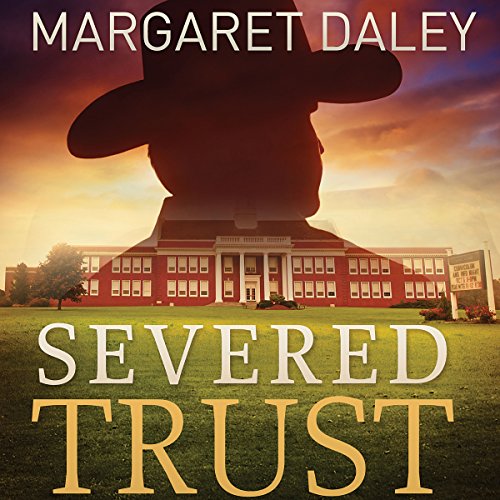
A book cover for Severed Trust: Men of the Texas Rangers, Book 4; Margaret Daley; Romance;